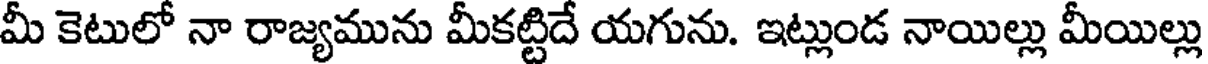
మీ కెటులో నా రాజ్యమును మీకట్టిదే యగును. ఇట్లుండ నాయిల్లు మీయిల్లు